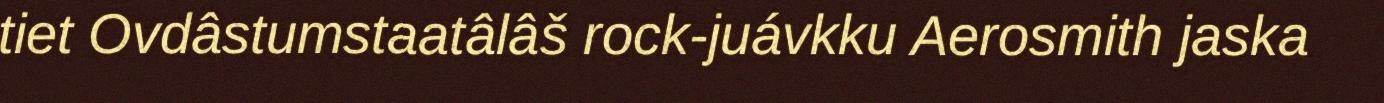
tiet Ovdâstumstaatâlâš rock-juávkku Aerosmith jaska